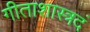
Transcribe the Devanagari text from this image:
गीताशास्त्रदं